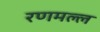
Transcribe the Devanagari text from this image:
रणमल्ल